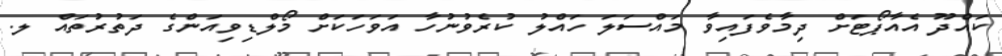
ކައްދޫ އެއާޕޯޓަށް ދިމާވެފައިވާ މައްސަލަ ހައްލު ކުރެވުނުހާ އަވަހަކަށް މޯލްޑިވިއަންގެ ދަތުރުތައް ލ.